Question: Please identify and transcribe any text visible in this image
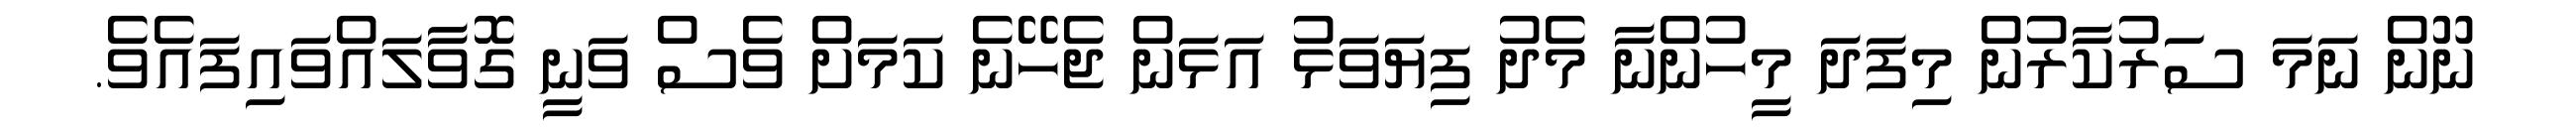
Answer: ނޫން ނަމަ ސަރުކާރުން މިފަދަ މީހުންނާ މެދު ފިޔަވަޅު އަޅަން ޖެހޭނެ ކަމަށް ވެސް ވަނީ ގޮވާލައްވައިފައެވެ.